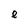
Character: e